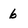
Character: 6